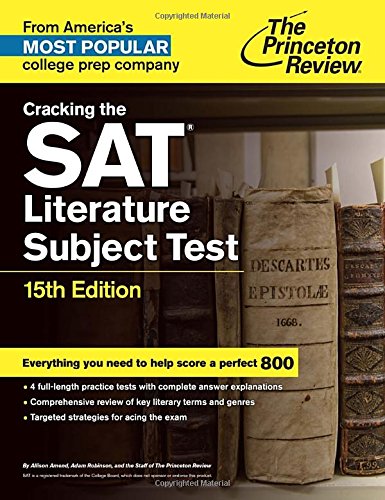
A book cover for Cracking the SAT Literature Subject Test, 15th Edition (College Test Preparation); Princeton Review; Test Preparation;